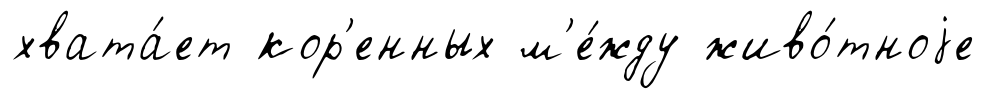
хвата́ет кор'енных м'е́жду живо́тноjе